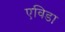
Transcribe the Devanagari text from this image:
एविडा